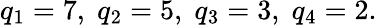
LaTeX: q_{1}=7,\; q_{2}=5,\; q_{3}=3,\; q_{4}=2.